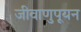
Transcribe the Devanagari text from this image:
जीवाणुपूयन